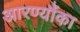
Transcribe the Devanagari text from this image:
आरण्यौंका